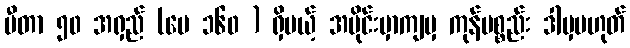
မီတာ ၅၀ အရှည် (ပေ ၁၆၀ ) ရှိမယ့် အပိုင်းမှာကျမှ ကုန်ပစ္စည်း ဒါမှမဟုတ်